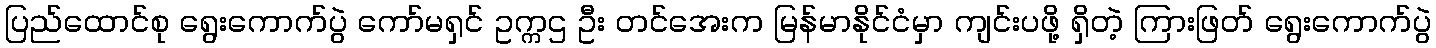
ပြည်ထောင်စု ရွေးကောက်ပွဲ ကော်မရှင် ဥက္ကဌ ဦး တင်အေးက မြန်မာနိုင်ငံမှာ ကျင်းပဖို့ ရှိတဲ့ ကြားဖြတ် ရွေးကောက်ပွဲ